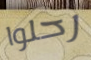
رحلوا